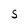
Character: S